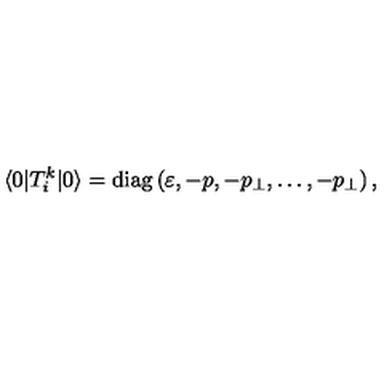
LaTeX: \langle 0 | T _ { i } ^ { k } | 0 \rangle = \mathrm { d i a g } \left( \varepsilon , - p , - p _ { \perp } , \ldots , - p _ { \perp } \right) ,